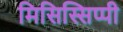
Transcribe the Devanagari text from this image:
मिसिस्सिप्पी